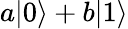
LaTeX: a|0\rangle+b|1\rangle